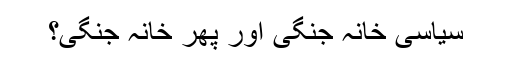
سیاسی خانہ جنگی اور پھر خانہ جنگی؟